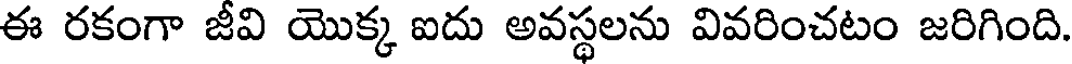
ఈ రకంగా జీవి యొక్క ఐదు అవస్థలను వివరించటం జరిగింది